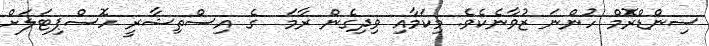
ސިންޑްރޮމް ހުންނަ ޒުވާނެކެވެ. މިކަމާއި ވިދިގެން ރާމަ  ގެ އިސްތިޝާރީ ހޮސްޕިޓަލަށް